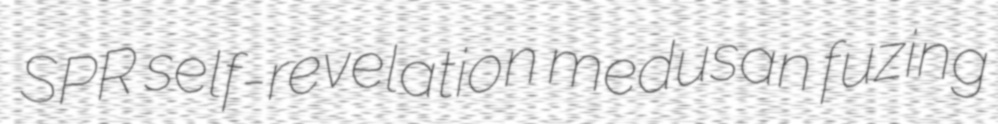
SPR self-revelation medusan fuzing